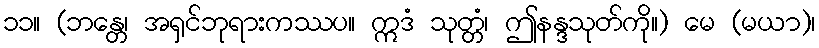
၁၁။ (ဘန္တေ၊ အရှင်ဘုရားကဿပ။ ဣဒံ သုတ္တံ၊ ဤနန္ဒသုတ်ကို။) မေ (မယာ)၊